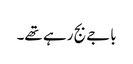
باجے بج رہے تھے۔